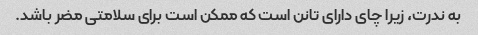
به ندرت، زیرا چای دارای تانن است که ممکن است برای سلامتی مضر باشد.